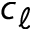
c _ { \ell }